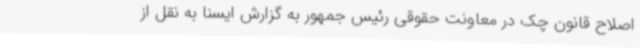
اصلاح قانون چک در معاونت حقوقی رئیس جمهور به گزارش ایسنا به نقل از